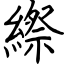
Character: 縩